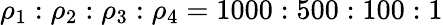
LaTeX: \rho_{1}:\rho_{2}:\rho_{3}:\rho_{4}=1000:500:100:1